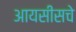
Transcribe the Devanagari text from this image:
आयसीसचे